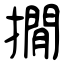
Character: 撊